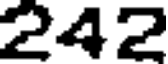
242